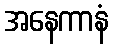
အနေကာနံ